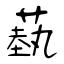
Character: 蓺